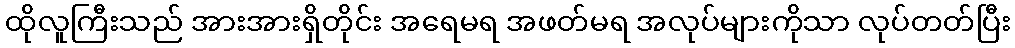
ထိုလူကြီးသည် အားအားရှိတိုင်း အရေမရ အဖတ်မရ အလုပ်များကိုသာ လုပ်တတ်ပြီး